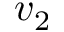
v _ { 2 }